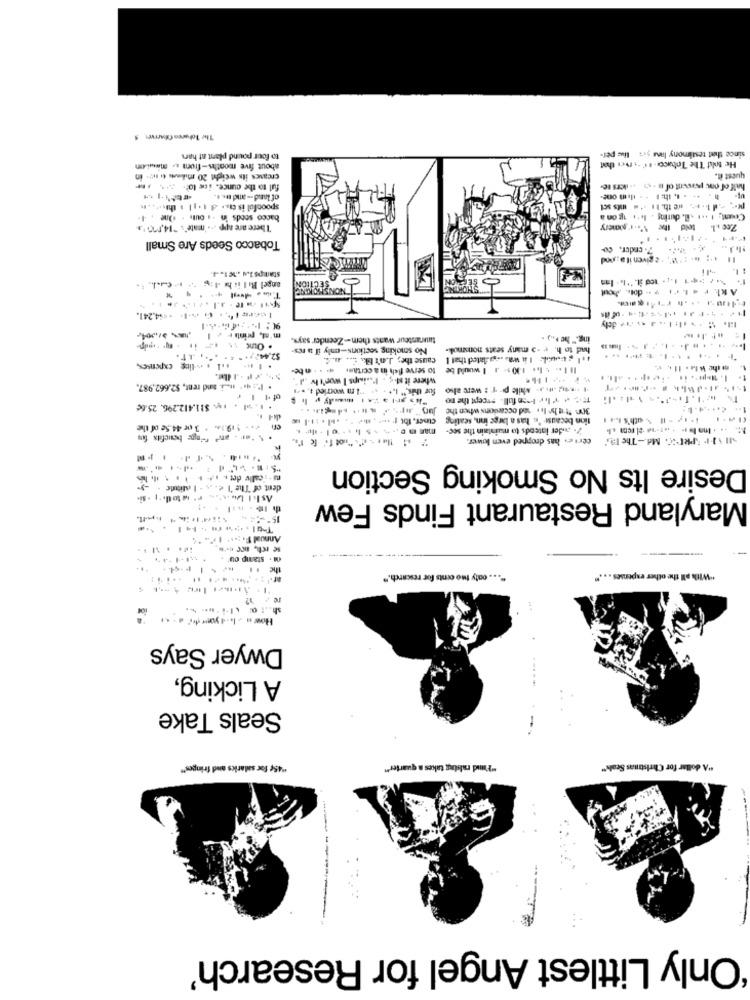
The Tohoren Ciaerver 5
to four pound plant at hans
since that testimony lans yrs live per-
about five months-from .. minuten
He told The Tobaco- 4farver thet
creases its weight 20 mins & n !- in
quest it.
ful to the ounce. iek tot. Mx
half of one percent of i - d .- ilers te-
of land -- and te. ..
spoonful is css 4 1. 11 . this .. . h
bacco seeds in -. out . One . I.
"There are app ... "mate's "14,070 '
Zee il told the Nargimery
Tobacco Seeds Are Small
7.ender. co-
II ... .. :. W. a given it a pod
stamps 1.4 .201.4.
angel Biliche :g - 1-el .. ..
SECTION
Akl. r . L. ci v - dot .. poul
T ---..
Isere 15 .. @ --- 1- - < 4,241.
... .... .... ..... dely
mal, print: 30,004-
tauranteur wants them-Zeender says.
ing." he *.. ) .
No smoking sections-only il a res-
had to h. + -> many seats nonsmok-
52.44.3 " + " 4 .
cause the; Je't Ek. C .. . ..
voltouil I a was lated that I
.In- . l . - line cxpenses,
to serve fish in a certame 4. . . n be-
Il 1. . 1 .. 1305- 3 I would be
where it s. ; . I.sisaps I won't tv .d
. P. 4 . and rent, $2.662,987.
for this," 1 .. . .. "Im worried .. ..
1 .. )- while p-T : wer also
T + The taan full. ercept the mo
.... . $11.412.296. 25.6€
300 fruit he he. sad occasions when the
tion because 's has a large inn, seating
% ath's .... .
0 :192 3 or 44.5e of the
7- adder intends to maintain the sec-
Certe. has dropped even lower.
SI \I.P 5PROC. Md .- The TS'
Desire Its No Smoking Section
dent of The 1 e. a . I aliaune - - y.
Maryland Restaurant Finds Few
15 -4.
Annual F ... 17'% '4
(. stamp ou"
the .1
" ... caty two cents for rescarch."
"With all the other expenses ... "
How =- 1-yo ****
Dwyer Says
A Licking,
-----
Seals Take
"45℃ for salarics and fringes"
"Fand ralstag takes a quarter"
"A dollar for Christmas Scale"
-
'Only Littlest Angel for Research'